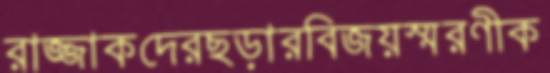
রাজ্জাকদেরছড়ারবিজয়স্মরণীক